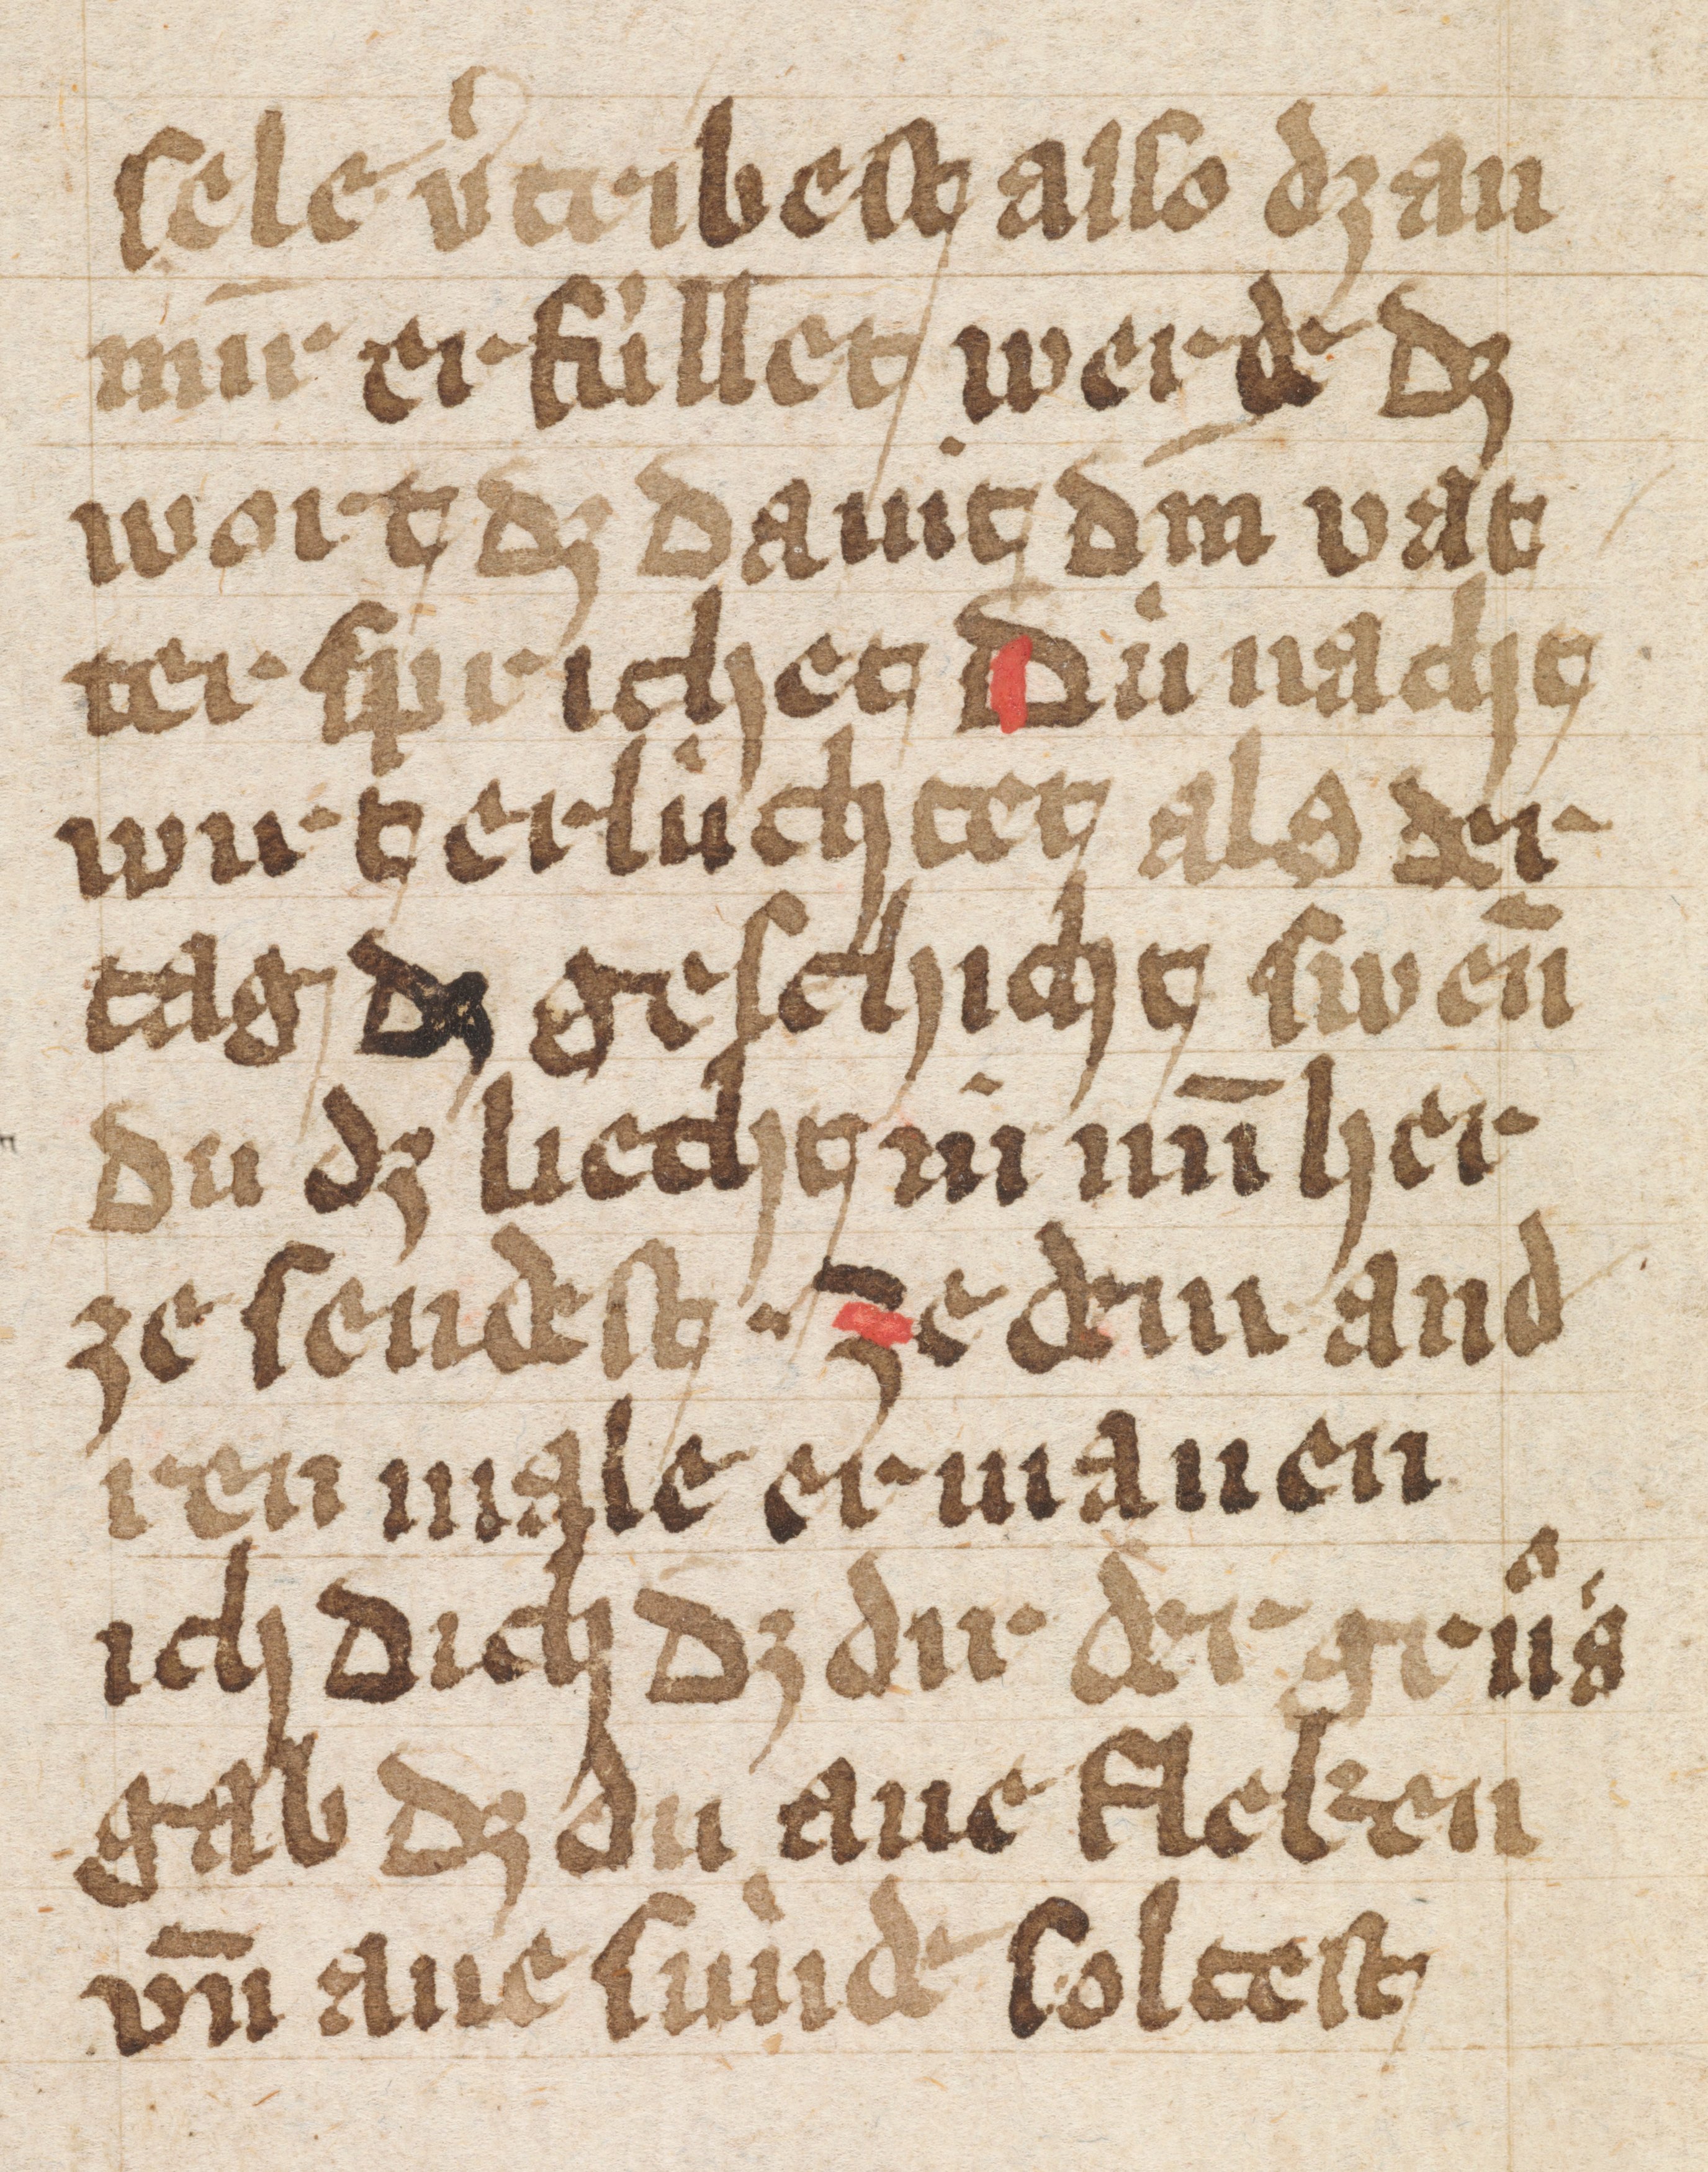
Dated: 1400–1499